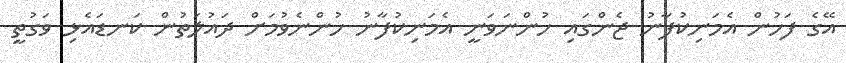
އޭގެ ފަހުން އެމަނިކުފާނު ޖެންގައި ހުންނަވަނީ އެމަނިކުފާނު ހުންނެވުމަށް ދައުލަތުން ކަނޑައެޅި ވަގުތީ